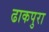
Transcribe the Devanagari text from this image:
ढाकपुरा